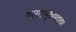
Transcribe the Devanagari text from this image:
ब्यूरोप्रमुखपदावर